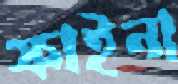
ফাইনা